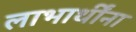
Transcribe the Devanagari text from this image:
लाभार्थींना